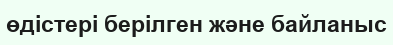
өдістері берілген және байланыс